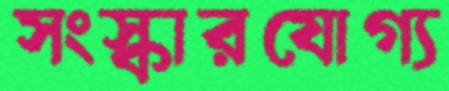
সংস্কারযোগ্য